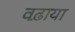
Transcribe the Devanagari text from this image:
वढ़ाया